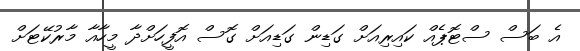
އެ ބަސް ސްޓޮޕެއް ކައިރިއަށް ގަޑިން ގަޑިއަށް ގޮސް އޮފީހަށްދާ މީހާއާ މާރުކޭޓަށް